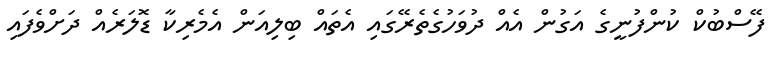
ފޭސްބުކް ކުންފުނީގެ އަގުން އެއް ދުވަހުގެތެރޭގައި އެތައް ބިލިއަން އެމެރިކާ ޑޮލަރެއް ދަށްވެފައި